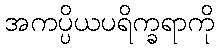
အကပ္ပိယပရိက္ခရာကို